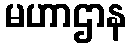
မဟာဌာန